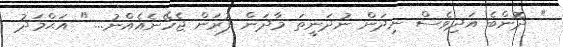
" ދޮންބެ އަދިވެސް ނިދަން ނުދަނީތަ މާދަން ފުރަން ޖެހޭނެއެއްނު... " އަޙްމަދު